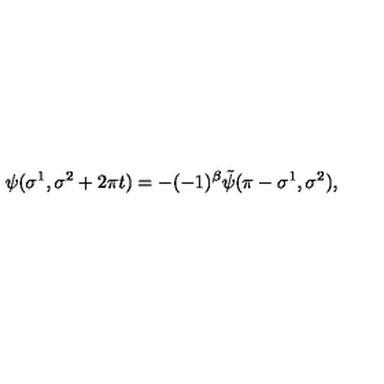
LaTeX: \psi ( \sigma ^ { 1 } , \sigma ^ { 2 } + 2 \pi t ) = - ( - 1 ) ^ { \beta } \tilde { \psi } ( \pi - \sigma ^ { 1 } , \sigma ^ { 2 } ) ,